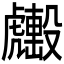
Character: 𧈑